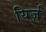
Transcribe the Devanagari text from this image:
यिर्ज़